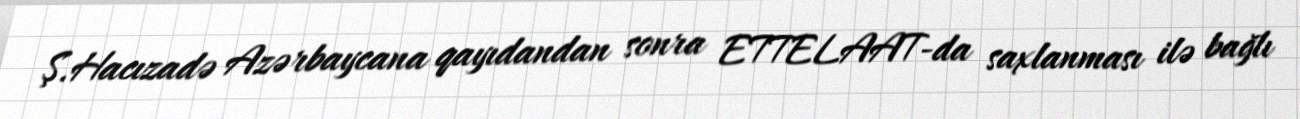
Ş.Hacızadə Azərbaycana qayıdandan sonra ETTELAAT-da saxlanması ilə bağlı